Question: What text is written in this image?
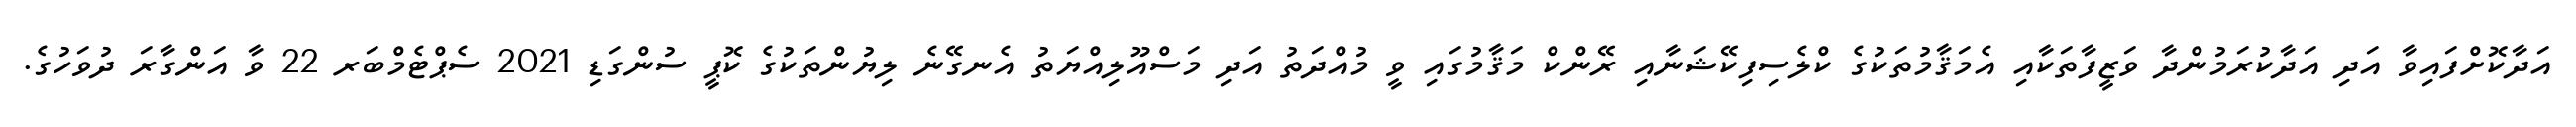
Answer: އަދާކޮށްފައިވާ އަދި އަދާކުރަމުންދާ ވަޒީފާތަކާއި އެމަޤާމުތަކުގެ ކްލެސިފިކޭޝަނާއި ރޭންކް މަޤާމުގައި ވީ މުއްދަތު އަދި މަސްއޫލިއްޔަތު އެނގޭނެ ލިޔުންތަކުގެ ކޮޕީ ސުންގަޑި 2021 ސެޕްޓެމްބަރ 22 ވާ އަންގާރަ ދުވަހުގެ.